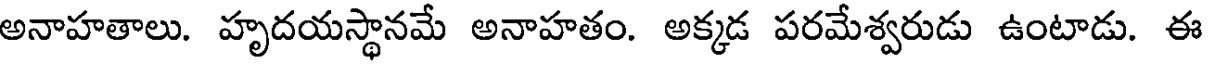
అనాహతాలు. హృదయస్థానమే అనాహతం. అక్కడ పరమేశ్వరుడు ఉంటాడు. ఈ